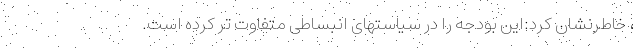
، خاطرنشان کرد:این بودجه را در سیاستهای انبساطی متفاوت تر کرده است.